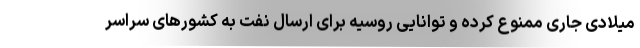
میلادی جاری ممنوع کرده و توانایی روسیه برای ارسال نفت به کشورهای سراسر